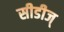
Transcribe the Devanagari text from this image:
सीडीज्